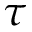
\tau